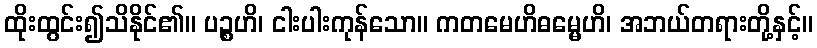
ထိုးထွင်း၍သိနိုင်၏။ ပဉ္စဟိ၊ ငါးပါးကုန်သော။ ကတမေဟိဓမ္မေဟိ၊ အဘယ်တရားတို့နှင့်။